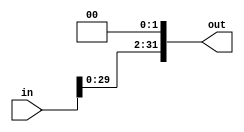
// Texas A&M University          //
// cpsc350 Computer Architecture //
// $Id: lshift2.v,v 1.2 2002/04/08 23:39:07 miket Exp miket $ //

module LSHIFT2(in, out);
   input [31:0] in;
   output [31:0] out;
   assign out[31:2] = in[29:0];
   assign out[1] = 0;
   assign out[0] = 0;
endmodule


/*
 module test;
 wire [31:0] out;
 reg [31:0] in;
 
 LSHIFT2 ls2(in,out);
 
 initial begin	
 $monitor($time, " in=%d out=%d",in,out);
 in = 0;
 #1 in = 1;
 #1 in = in * 2;
 #1 in = in * 2;
 #1 in = in * 2;
 #1 in = in * 2;
 #1 in = in * 2;
 #1 in = in * 2;
 #1 in = in * 2;
 #1 in = in * 2;
 #1 in = in * 2;
 #1 in = in * 2;
 #1 in = in * 2;
 #1 in = (1 << 15) - 1;
 #1 $finish;
end
 endmodule
 */